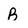
Character: B